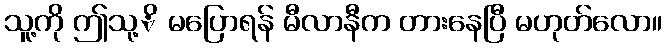
သူ့ကို ဤသု့ိ မပြောရန် မီလာနီက တားနေပြီ မဟုတ်လော။